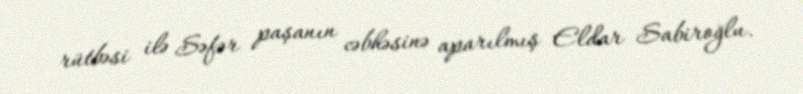
rütbəsi ilə Səfər paşanın cəbhəsinə aparılmış Eldar Sabiroğlu.